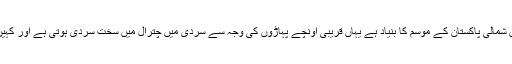
چترال وہ علاقہ ہے جو درحقیقت میں شمالی پاکستان کے موسم کا بنیاد ہے یہاں قریبی اونچے پہاڑوں کی وجہ سے سردی میں چترال میں سخت سردی ہوتی ہے اور کہیں کہیں فُٹ تک برف باری ہوتی ہے۔